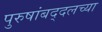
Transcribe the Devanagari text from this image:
पुरुषांबद्दलच्या